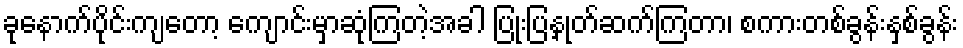
ခုနောက်ပိုင်းကျတော့ ကျောင်းမှာဆုံကြတဲ့အခါ ပြုံးပြနှုတ်ဆက်ကြတာ၊ စကားတစ်ခွန်းနှစ်ခွန်း